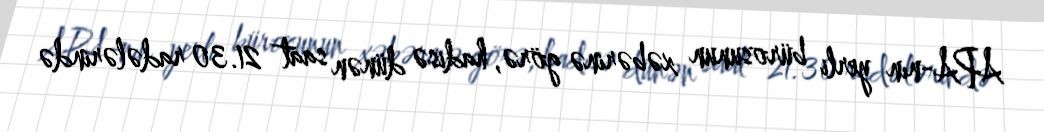
APA-nın yerli bürosunun xəbərinə görə, hadisə dünən saat 21.30 radələrində